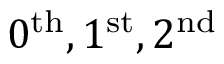
0 ^ { \mathrm { t h } } , 1 ^ { \mathrm { s t } } , 2 ^ { \mathrm { n d } }